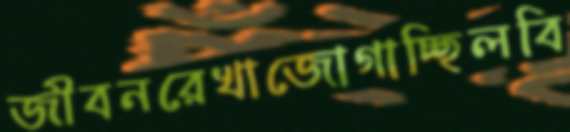
জীবনরেখাজোগাচ্ছিলবি